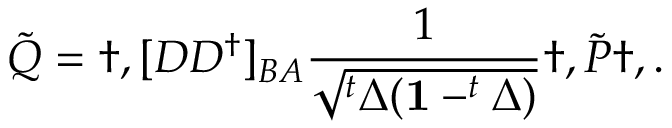
\tilde { Q } = \dag , [ D D ^ { \dagger } ] _ { B A } \frac { 1 } { \sqrt { ^ t \Delta ( \mathbf { 1 } - ^ { t } \Delta ) } } \dag , \tilde { P } \dag , .